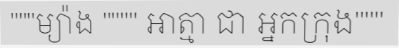
"""ម្យ៉ាង """" អាត្មា ជា អ្នកក្រុង"""